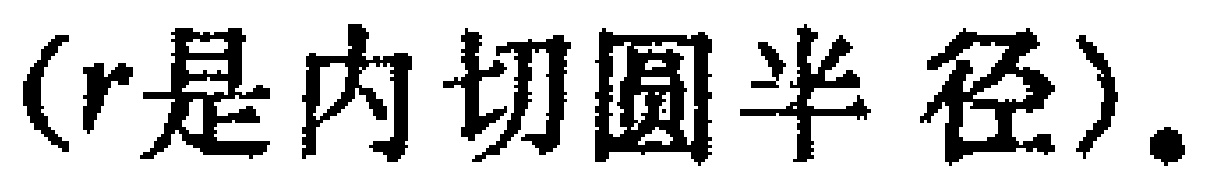
（$r$是内切圆半径）.